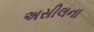
અસીલના